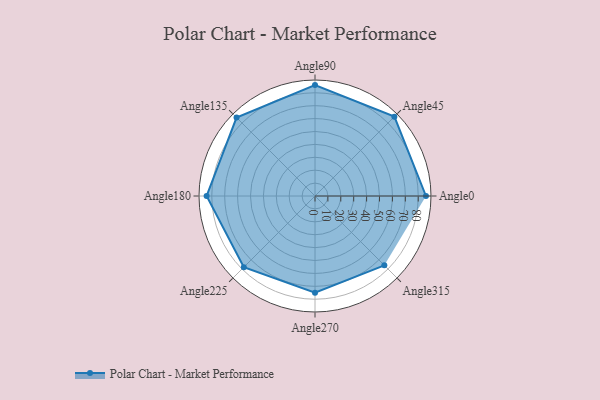
{"axis": {"x": "Angle", "y": "Radius"}, "legend": [""], "data": [{"x": "Angle0", "y": 86.0, "type": ""}, {"x": "Angle45", "y": 87.0, "type": ""}, {"x": "Angle90", "y": 86.0, "type": ""}, {"x": "Angle135", "y": 86.0, "type": ""}, {"x": "Angle180", "y": 84.0, "type": ""}, {"x": "Angle225", "y": 78.0, "type": ""}, {"x": "Angle270", "y": 75.0, "type": ""}, {"x": "Angle315", "y": 76.0, "type": ""}]}